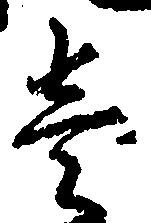
壱